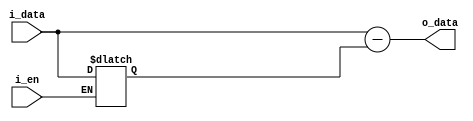
`timescale 1ns / 1ps


module DataRegister(
    input [13:0] i_data,
    input i_en,

    output [13:0] o_data
    );

    reg [13:0] r_oData = 0;
    reg [13:0] r_tmpData = 0;

    assign o_data = r_oData;

    always @(*) begin
        r_oData <= i_data - r_tmpData;
        if (i_en) begin
            r_tmpData <= i_data;
        end
    end
endmodule